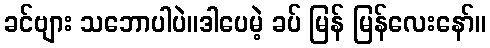
ခင်ဗျား သဘောပါပဲ။ဒါပေမဲ့ ခပ် မြန် မြန်လေးနော်။